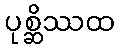
ပုစ္ဆိဿထ